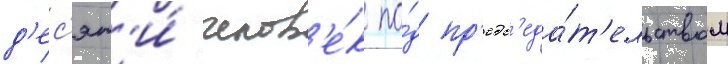
д'ес'ят'и́ челов'е́к по́д пр'едс'еда́т'ельством